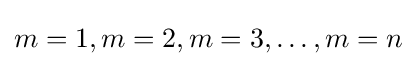
m=1,m=2,m=3,\dots ,m=n